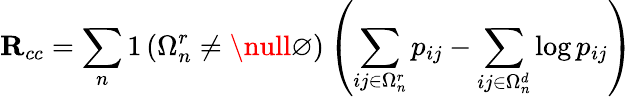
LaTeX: \mathbf{R}_{cc}=\sum_{n}1\left(\Omega_{n}^{r}\neq\null\varnothing\right)\left(\sum_{ij\in\Omega_{n}^{r}}p_{ij}-\sum_{ij\in\Omega_{n}^{d}}\log p_{ij}\right)